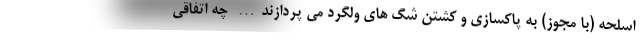
اسلحه (با مجوز) به پاکسازی و کشتن شگ های ولگرد می پردازند… چه اتفاقی